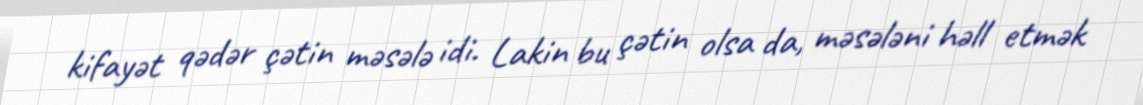
kifayət qədər çətin məsələ idi. Lakin bu çətin olsa da, məsələni həll etmək